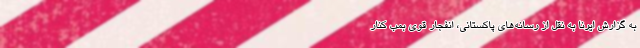
به گزارش ایرنا به نقل از رسانه‌های پاکستانی، انفجار قوی بمب کنار